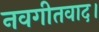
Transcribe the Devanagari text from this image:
नवगीतवाद।